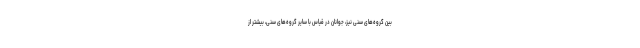
بین گروه‌های سنی نیز، جوانان در قیاس با سایر گروه­های سنی، بیشتر از